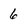
Character: 6